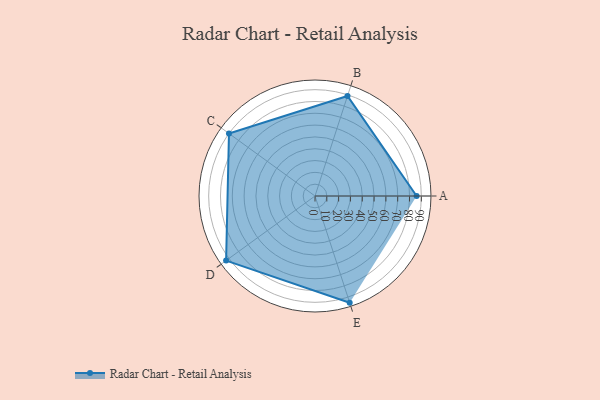
{"axis": {"x": "Skill", "y": "Score"}, "legend": ["Profile"], "data": [{"x": "A", "y": 86.0, "type": "Profile"}, {"x": "B", "y": 89.0, "type": "Profile"}, {"x": "C", "y": 90.0, "type": "Profile"}, {"x": "D", "y": 93.0, "type": "Profile"}, {"x": "E", "y": 95.0, "type": "Profile"}]}